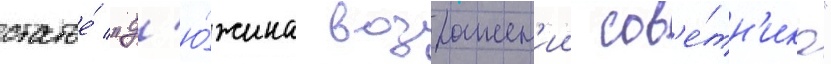
статье́ "д'ю́жина возражен'ии сов'е́тн'ика"